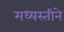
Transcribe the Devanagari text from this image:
मध्यस्तीने